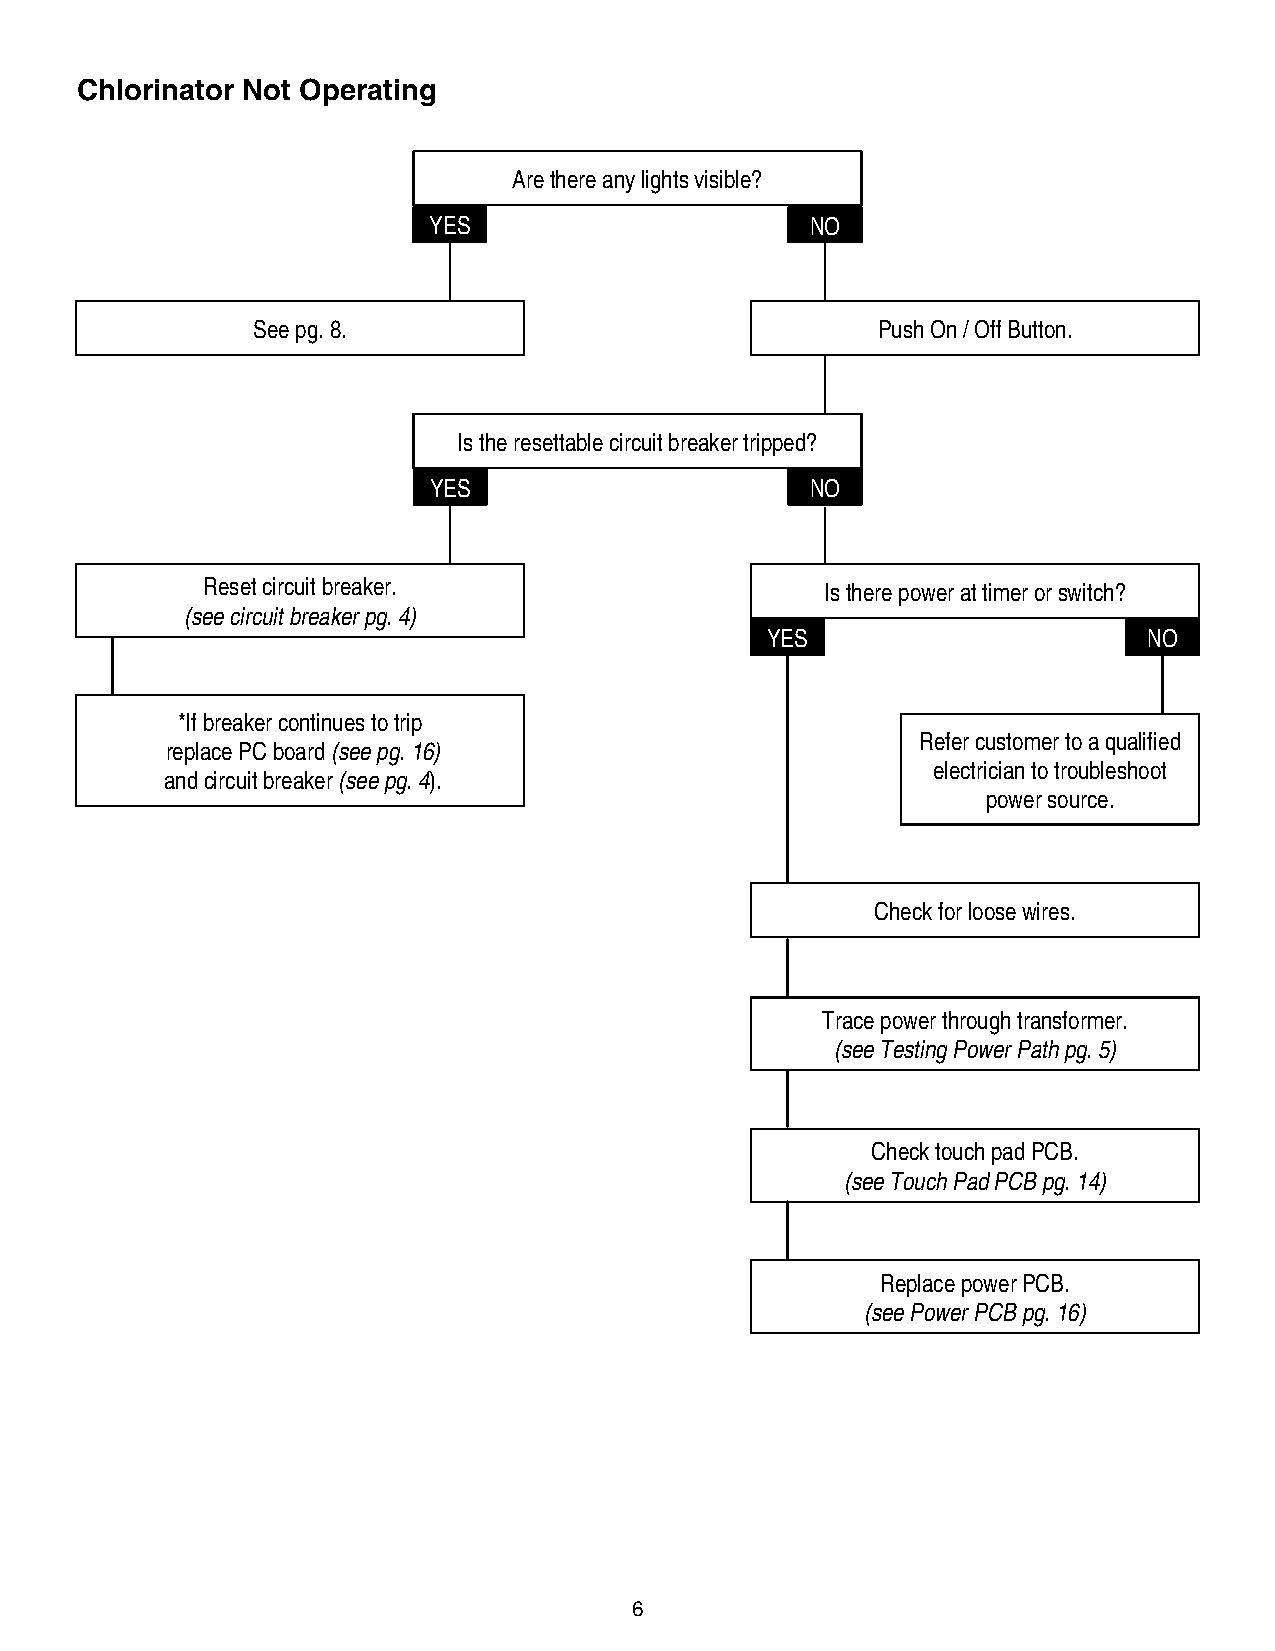
Chlorinator Not Operating
 Are there any lights visible?
 YES                       NO
 See pg. 8.                               Push On / Off Button.
 Is the resettable circuit breaker tripped?
 YES                       NO
 Reset circuit breaker.                    Is there power at timer or switch?
 (see circuit breaker pg. 4)
 YES                      NO
 *If breaker continues to trip
 Refer customer to a qualified
 replace PC board (see pg. 16)
 electrician to troubleshoot
 and circuit breaker (see pg. 4).
 power source.
 Check for loose wires.
 Trace power through transformer.
 (see Testing Power Path pg. 5)
 Check touch pad PCB.
 (see Touch Pad PCB pg. 14)
 Replace power PCB.
 (see Power PCB pg. 16)
 6